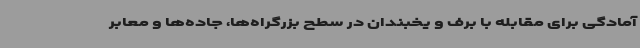
آمادگی برای مقابله با برف و یخبندان در سطح بزرگراه‌ها، جاده‌ها و معابر